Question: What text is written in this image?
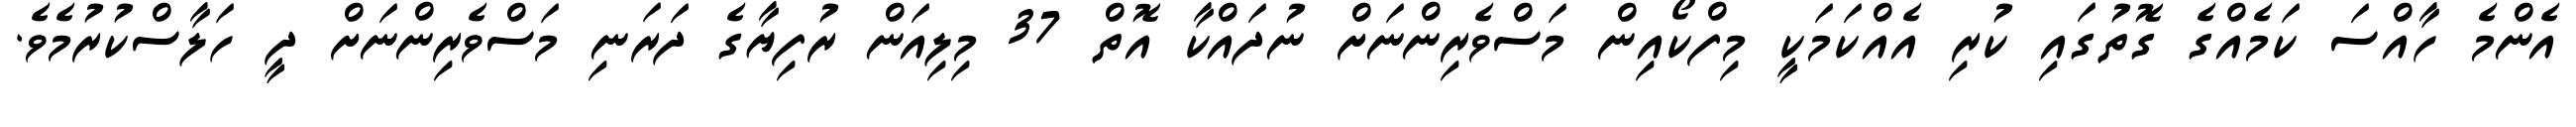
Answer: އެންމެ ހާއްސަ ކަމެއްގެ ގޮތުގައި ކުރި އެއްކަމަކީ މިފްކޯއިން މަސްވެރިންނަށް ނުދައްކާ އޮތް 37 މިލިއަން ރުފިޔާގެ ދަރަނި މަސްވެރިންނަށް ދީ ހަލާސްކުރުމެވެ.